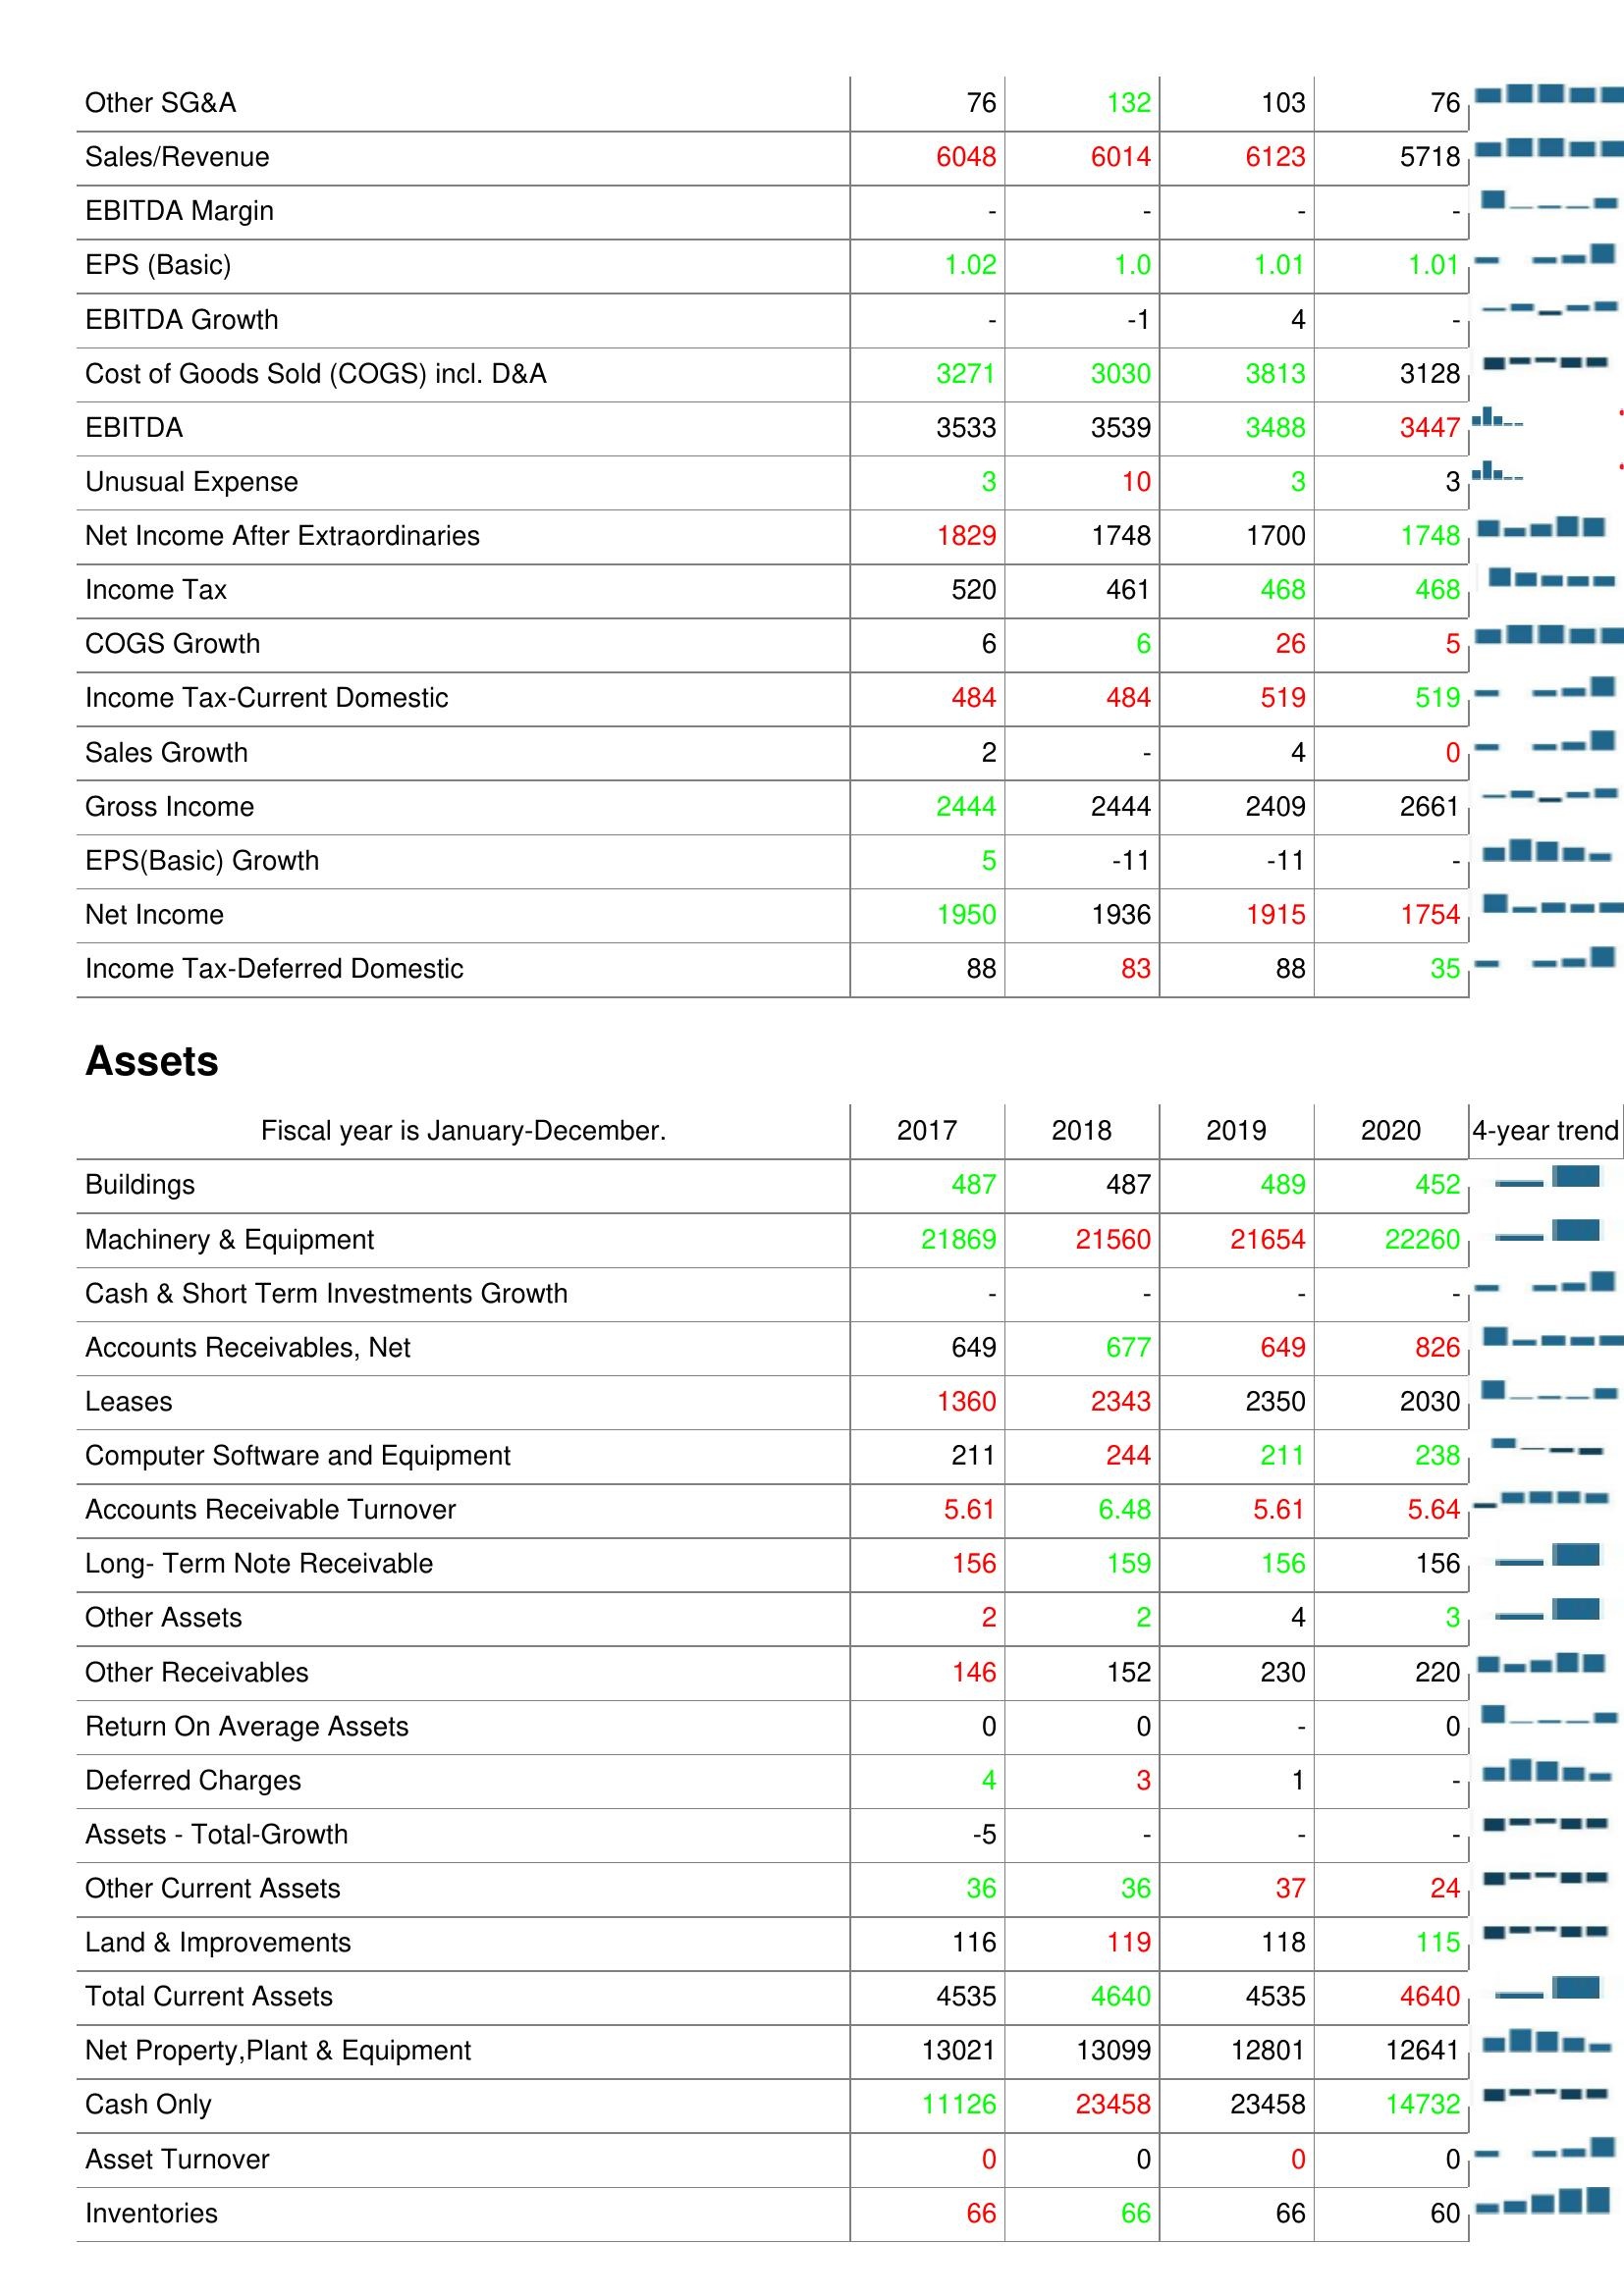
2017: : Other SG&A: 76
Sales/Revenue: 6048
EBITDA Margin: -
EPS (Basic): 1.02
EBITDA Growth: -
Cost of Goods Sold (COGS) incl. D&A: 3271
EBITDA: 3533
Unusual Expense: 3
Net Income After Extraordinaries: 1829
Income Tax: 520
COGS Growth: 6
Income Tax-Current Domestic: 484
Sales Growth: 2
Gross Income: 2444
EPS(Basic) Growth: 5
Net Income: 1950
Income Tax-Deferred Domestic: 88
Assets: Buildings: 487
Machinery & Equipment: 21869
Cash & Short Term Investments Growth: -
Accounts Receivables, Net: 649
Leases: 1360
Computer Software and Equipment: 211
Accounts Receivable Turnover: 5.61
Long- Term Note Receivable: 156
Other Assets: 2
Other Receivables: 146
Return On Average Assets: 0
Deferred Charges: 4
Assets - Total-Growth: -5
Other Current Assets: 36
Land & Improvements: 116
Total Current Assets: 4535
Net Property,Plant & Equipment: 13021
Cash Only: 11126
Asset Turnover: 0
Inventories: 66
2018: : Other SG&A: 132
Sales/Revenue: 6014
EBITDA Margin: -
EPS (Basic): 1.0
EBITDA Growth: -1
Cost of Goods Sold (COGS) incl. D&A: 3030
EBITDA: 3539
Unusual Expense: 10
Net Income After Extraordinaries: 1748
Income Tax: 461
COGS Growth: 6
Income Tax-Current Domestic: 484
Sales Growth: -
Gross Income: 2444
EPS(Basic) Growth: -11
Net Income: 1936
Income Tax-Deferred Domestic: 83
Assets: Buildings: 487
Machinery & Equipment: 21560
Cash & Short Term Investments Growth: -
Accounts Receivables, Net: 677
Leases: 2343
Computer Software and Equipment: 244
Accounts Receivable Turnover: 6.48
Long- Term Note Receivable: 159
Other Assets: 2
Other Receivables: 152
Return On Average Assets: 0
Deferred Charges: 3
Assets - Total-Growth: -
Other Current Assets: 36
Land & Improvements: 119
Total Current Assets: 4640
Net Property,Plant & Equipment: 13099
Cash Only: 23458
Asset Turnover: 0
Inventories: 66
2019: : Other SG&A: 103
Sales/Revenue: 6123
EBITDA Margin: -
EPS (Basic): 1.01
EBITDA Growth: 4
Cost of Goods Sold (COGS) incl. D&A: 3813
EBITDA: 3488
Unusual Expense: 3
Net Income After Extraordinaries: 1700
Income Tax: 468
COGS Growth: 26
Income Tax-Current Domestic: 519
Sales Growth: 4
Gross Income: 2409
EPS(Basic) Growth: -11
Net Income: 1915
Income Tax-Deferred Domestic: 88
Assets: Buildings: 489
Machinery & Equipment: 21654
Cash & Short Term Investments Growth: -
Accounts Receivables, Net: 649
Leases: 2350
Computer Software and Equipment: 211
Accounts Receivable Turnover: 5.61
Long- Term Note Receivable: 156
Other Assets: 4
Other Receivables: 230
Return On Average Assets: -
Deferred Charges: 1
Assets - Total-Growth: -
Other Current Assets: 37
Land & Improvements: 118
Total Current Assets: 4535
Net Property,Plant & Equipment: 12801
Cash Only: 23458
Asset Turnover: 0
Inventories: 66
2020: : Other SG&A: 76
Sales/Revenue: 5718
EBITDA Margin: -
EPS (Basic): 1.01
EBITDA Growth: -
Cost of Goods Sold (COGS) incl. D&A: 3128
EBITDA: 3447
Unusual Expense: 3
Net Income After Extraordinaries: 1748
Income Tax: 468
COGS Growth: 5
Income Tax-Current Domestic: 519
Sales Growth: 0
Gross Income: 2661
EPS(Basic) Growth: -
Net Income: 1754
Income Tax-Deferred Domestic: 35
Assets: Buildings: 452
Machinery & Equipment: 22260
Cash & Short Term Investments Growth: -
Accounts Receivables, Net: 826
Leases: 2030
Computer Software and Equipment: 238
Accounts Receivable Turnover: 5.64
Long- Term Note Receivable: 156
Other Assets: 3
Other Receivables: 220
Return On Average Assets: 0
Deferred Charges: -
Assets - Total-Growth: -
Other Current Assets: 24
Land & Improvements: 115
Total Current Assets: 4640
Net Property,Plant & Equipment: 12641
Cash Only: 14732
Asset Turnover: 0
Inventories: 60